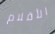
الأقلام